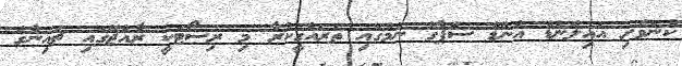
ކުނަވެށި އައިލެންޑް އެންޑް ސްޕާގެ ނަމުގައި ތަރައްގީކުރާ މި ރިސޯޓަކީ ރާއްޖޭގައި ޗައިނާގެ